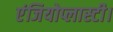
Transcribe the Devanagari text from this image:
एंजियोप्लास्टी।